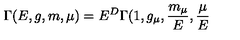
\Gamma ( E , g , m , \mu ) = E ^ { D } \Gamma ( 1 , g _ { \mu } , \frac { m _ { \mu } } { E } , \frac { \mu } { E }